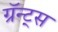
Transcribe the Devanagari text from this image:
ग्रॅन्ट्‍स